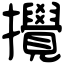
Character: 攪